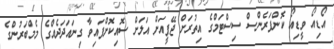
އޯޑިއޯ ވީޑިއޯ ކޮންފަރެންސް ސިސްޓަމްގެ އިތުރަށް ޖޭޕީއަށް އަލަށް ސޮއިކޮށްފައިވާ ގިނައަދަދެއްގެ މެމްބަރުންގެ